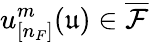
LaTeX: u_{[n_{F}]}^{m}(\mathfrak{u})\in\overline{{\mathcal{F}}}